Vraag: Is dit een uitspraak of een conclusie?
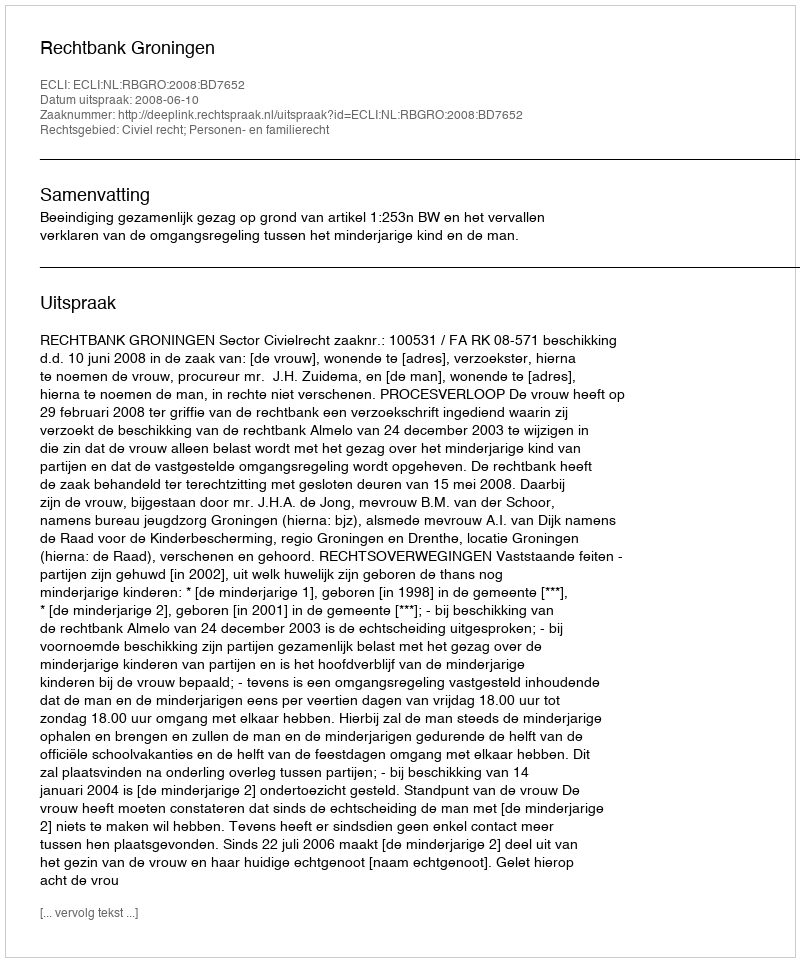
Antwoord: Uitspraak